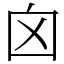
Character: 囟